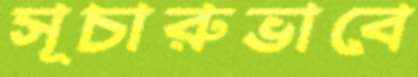
সূচারুভাবে